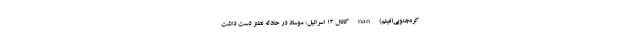
کره‌جنوبی(فیلم) nan کانال 13 اسرائیل: موساد در حادثه نطنز دست داشت